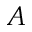
A